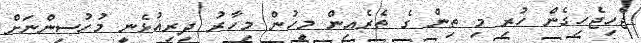
ޖެހިޖެހިގެން ހުރި މި ތިން ގެ ތެރެއިން މީހުން މިހާރު ދިރިއުޅެނީ މުހުސިންނަށް